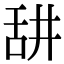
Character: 𦧏